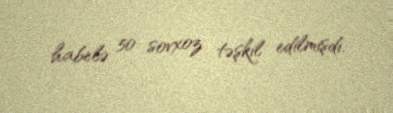
habelə 50 sovxoz təşkil edilmişdi.